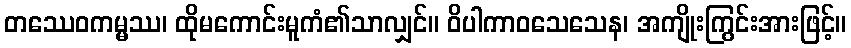
တဿေဝကမ္မဿ၊ ထိုမကောင်းမူကံ၏သာလျှင်။ ဝိပါကာဝသေသေန၊ အကျိုးကြွင်းအားဖြင့်။